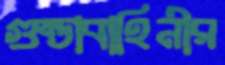
গুন্ডাবাহিনীর